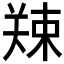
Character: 𪲿